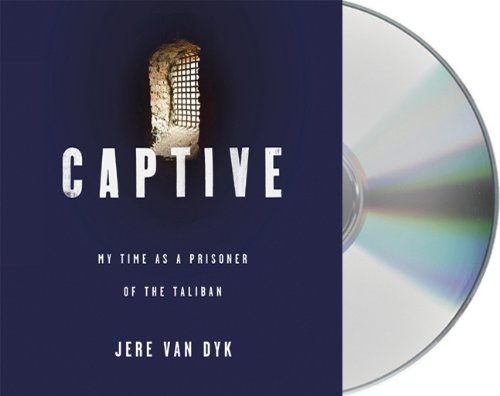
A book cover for Captive: My Time as a Prisoner of the Taliban; Jere Van Dyk; History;